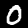
Digit: 0